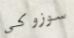
سوزوكي